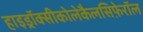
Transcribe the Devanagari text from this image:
हाइड्रॉक्सीकोलेकैलसिफ़ेरॉल